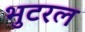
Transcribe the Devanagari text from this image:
भुटरल